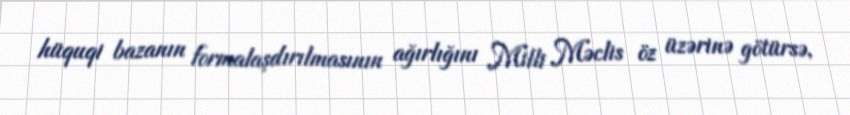
hüquqi bazanın formalaşdırılmasının ağırlığını Milli Məclis öz üzərinə götürsə,